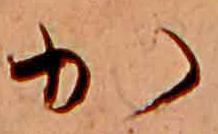
か